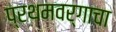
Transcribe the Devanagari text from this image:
प्रथमवर्गाचा